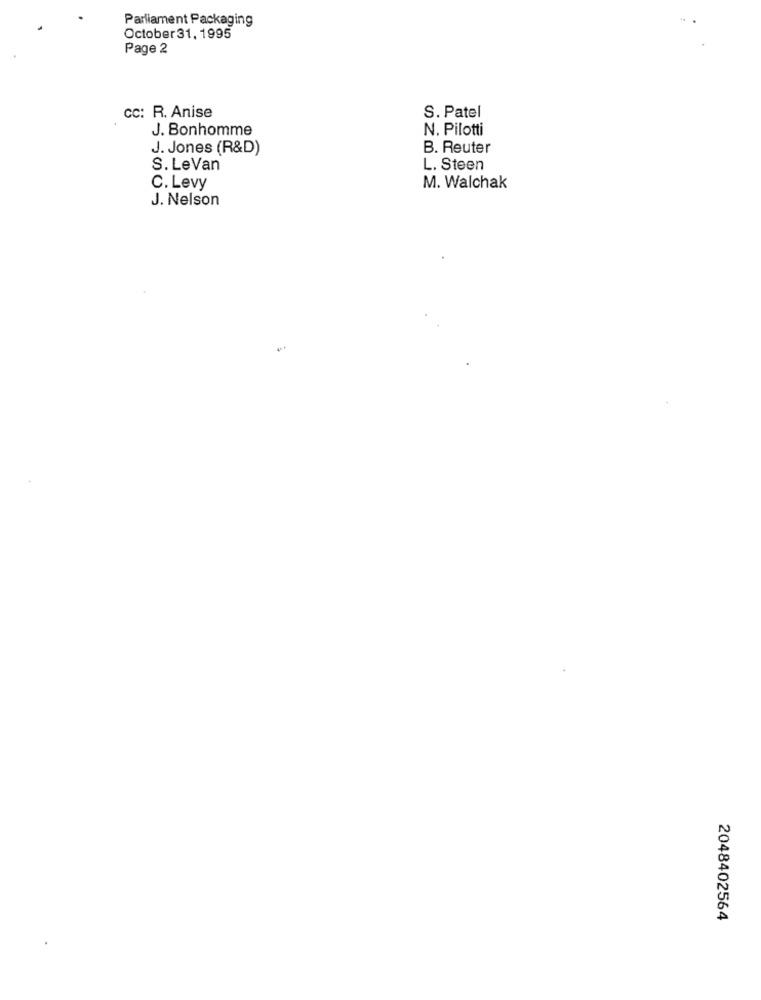
Parliament Packaging
October 31, 1995
Page 2
cc: R. Anise
S. Patel
J. Bonhomme
N. Pilotti
J. Jones (R&D)
B. Reuter
S. LeVan
L. Steen
C. Levy
M. Walchak
J. Nelson
2048402564